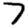
Digit: 7